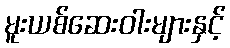
မူးယစ်ဆေးဝါးများနှင့်